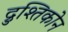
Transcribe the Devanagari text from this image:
द्रुश्तिकोन